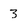
Character: 3